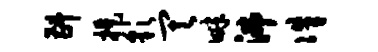
斟提彩其畔沸侏